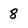
Character: 8